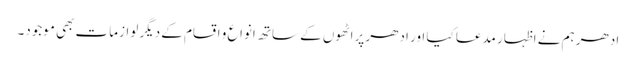
ادھر ہم نے اظہار مدعا کیا اور ادھر پراٹھوں کے ساتھ انواع و اقسام کے دیگر لوازمات بھی موجود۔